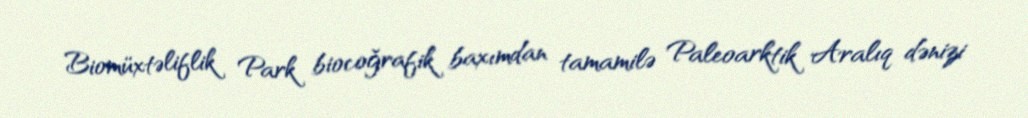
Biomüxtəliflik Park biocoğrafik baxımdan tamamilə Paleoarktik Aralıq dənizi